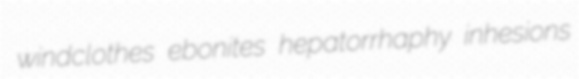
windclothes ebonites hepatorrhaphy inhesions